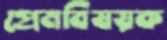
প্রেমবিষয়ক